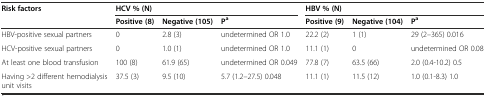
<table><thead><tr><td rowspan="2"><b>Risk factors</b></td><td colspan="3"><b>HCV % (N)</b></td><td colspan="3"><b>HBV % (N)</b></td></tr><tr><td><b>Positive (8)</b></td><td><b>Negative (105)</b></td><td><b>P<sup>a</sup></b></td><td><b>Positive (9)</b></td><td><b>Negative (104)</b></td><td><b>P<sup>a</sup></b></td></tr></thead><tbody><tr><td>HBV-positive sexual partners</td><td>0</td><td>2.8 (3)</td><td>undetermined OR 1.0</td><td>22.2 (2)</td><td>1 (1)</td><td>29 (2–365) 0.016</td></tr><tr><td>HCV-positive sexual partners</td><td>0</td><td>1.0 (1)</td><td>undetermined OR 1.0</td><td>11.1 (1)</td><td>0</td><td>undetermined OR 0.08</td></tr><tr><td>At least one blood transfusion</td><td>100 (8)</td><td>61.9 (65)</td><td>undetermined OR 0.049</td><td>77.8 (7)</td><td>63.5 (66)</td><td>2.0 (0.4-10.2) 0.5</td></tr><tr><td>Having &gt;2 different hemodialysis unit visits</td><td>37.5 (3)</td><td>9.5 (10)</td><td>5.7 (1.2–27.5) 0.048</td><td>11.1 (1)</td><td>11.5 (12)</td><td>1.0 (0.1-8.3) 1.0</td></tr></tbody></table>